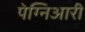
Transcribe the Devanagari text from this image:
पेग्निआरी